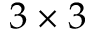
3 \times 3